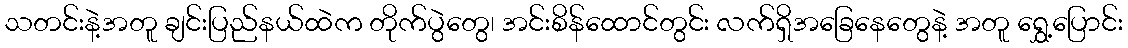
သတင်းနဲ့အတူ ချင်းပြည်နယ်ထဲက တိုက်ပွဲတွေ၊ အင်းစိန်ထောင်တွင်း လက်ရှိအခြေနေတွေနဲ့ အတူ ရွှေ့ပြောင်း